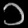
Digit: ၁